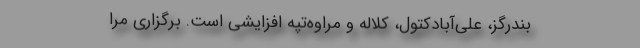
بندرگز، علی‌آبادکتول، کلاله و‌ مراوه‌تپه افزایشی است. برگزاری مرا